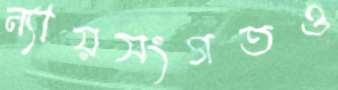
ন্যায়সংগতও